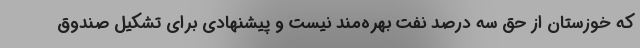
که خوزستان از حق سه درصد نفت بهره‌مند نیست و پیشنهادی برای تشکیل صندوق